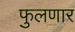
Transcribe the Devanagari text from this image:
फुलणार